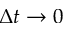
\Delta t \rightarrow 0